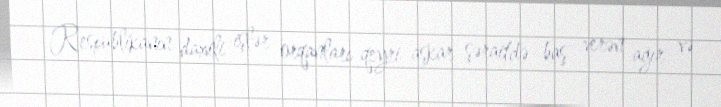
Respublikanın daxili işlər orqanları qeyri-aşkar şəraitdə baş verən ağır və